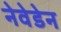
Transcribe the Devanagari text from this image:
नेवेडेन